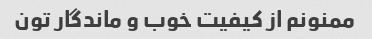
ممنونم از کیفیت خوب و ماندگار تون